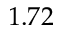
1 . 7 2